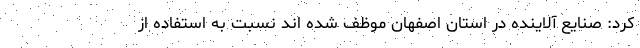
کرد: صنایع آلاینده در استان اصفهان موظف شده اند نسبت به استفاده از